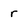
Character: r